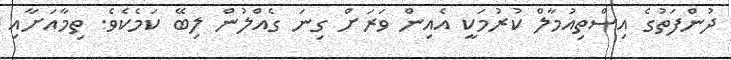
ދުންފަތުގެ އިސްތިއުމާލް ކުރުމަކީ އެއިން ވަރަށް ގިނަ ގެއްލުން ލިބޭ ކަމެކެވެ. ތިމާއަށާއި